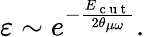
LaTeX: \varepsilon\sim e^{-\frac{E_{\mathrm{~c~u~t~}}}{2\theta_{\mu\omega}}}.